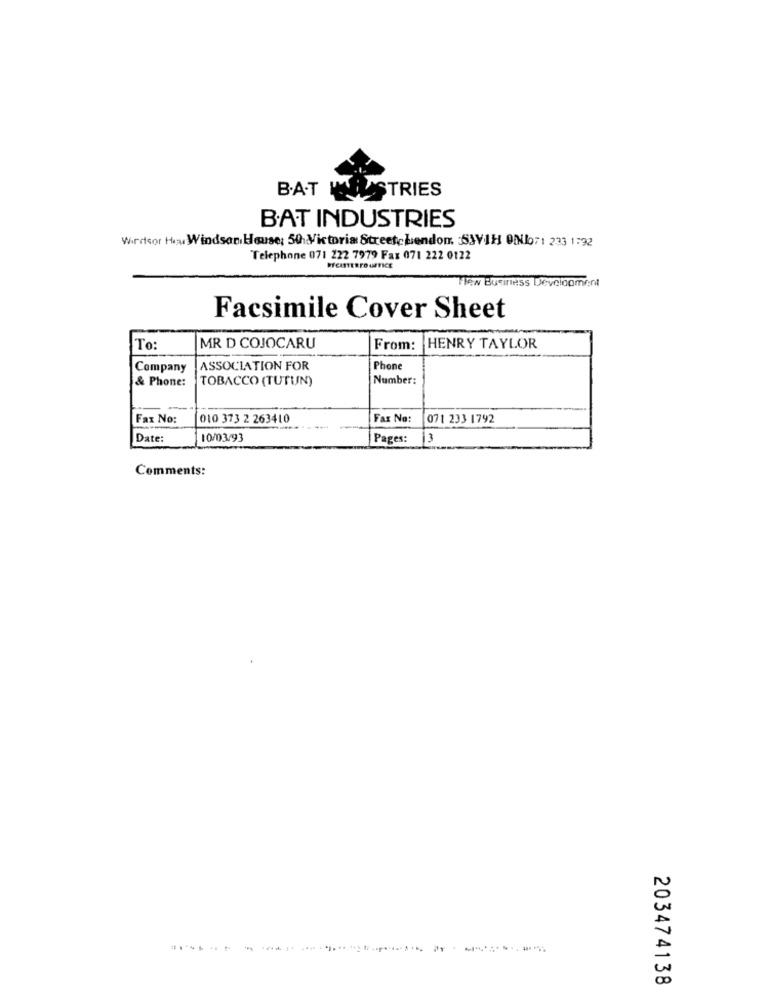
B.A.T MINISTRIES
BAT INDUSTRIES
Wirdsor How Windson Horse: 50 Victoria Street, London :SJVIH QNb71 2:33 1:92
Telephone 071 222 7979 Fax 071 222 0122
Tiew Business Development
Facsimile Cover Sheet
To:
MR D COJOCARU
From:
HENRY TAYLOR
Company
ASSOCIATION FOR
Phone
& Phone:
TOBACCO (TUTUN)
Number:
Fax No:
010 373 2 263410
Fax No:
071 233 1792
Date:
10/03/93
Pages:
13
Comments:
203474138